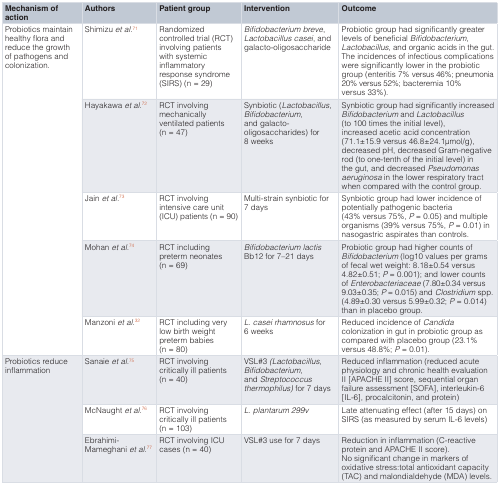
<table><thead><tr><td><b>Mechanism ofaction</b></td><td><b>Authors</b></td><td><b>Patient group</b></td><td><b>Intervention</b></td><td><b>Outcome</b></td></tr></thead><tbody><tr><td rowspan="5">Probiotics maintainhealthy flora andreduce the growthof pathogens andcolonization.</td><td>Shimizu<i>et al.</i><sup>71</sup></td><td>Randomizedcontrolled trial (RCT)involving patientswith systemicinflammatoryresponse syndrome(SIRS) (n = 29)</td><td><i>Bifidobacterium breve</i>,<i>Lactobacillus casei</i>, andgalacto-oligosaccharide</td><td>Probiotic group had significantly greaterlevels of beneficial<i>Bifidobacterium</i>,<i>Lactobacillus</i>, and organic acids in the gut.The incidences of infectious complicationswere significantly lower in the probioticgroup (enteritis 7% versus 46%; pneumonia20% versus 52%; bacteremia 10%versus 33%).</td></tr><tr><td>Hayakawa<i>et al.</i><sup>72</sup></td><td>RCT involvingmechanicallyventilated patients(n = 47)</td><td>Synbiotic (<i>Lactobacillus</i>,<i>Bifidobacterium</i>,and galacto-oligosaccharides) for8 weeks</td><td>Synbiotic group had significantly increased<i>Bifidobacterium</i> and<i>Lactobacillus</i>(to 100 times the initial level),increased acetic acid concentration(71.1±15.9 versus 46.8±24.1μmol/g),decreased pH, decreased Gram-negativerod (to one-tenth of the initial level) inthe gut, and decreased<i>Pseudomonas</i><i>aeruginosa</i> in the lower respiratory tractwhen compared with the control group.</td></tr><tr><td>Jain<i>et al.</i><sup>73</sup></td><td>RCT involvingintensive care unit(ICU) patients (n = 90)</td><td>Multi-strain synbiotic for7 days</td><td>Synbiotic group had lower incidence ofpotentially pathogenic bacteria(43% versus 75%,<i>P</i> = 0.05) and multipleorganisms (39% versus 75%,<i>P</i> = 0.01) innasogastric aspirates than controls.</td></tr><tr><td>Mohan<i>et al.</i><sup>74</sup></td><td>RCT includingpreterm neonates(n = 69)</td><td><i>Bifidobacterium lactis</i>Bb12 for 7–21 days</td><td>Probiotic group had higher counts of<i>Bifidobacterium</i> (log10 values per gramsof fecal wet weight: 8.18±0.54 versus4.82±0.51;<i>P</i> = 0.001); and lower countsof<i>Enterobacteriaceae</i> (7.80±0.34 versus 9.03±0.35;<i>P</i> = 0.015) and<i>Clostridium</i> spp.(4.89±0.30 versus 5.99±0.32;<i>P</i> = 0.014)than in placebo group.</td></tr><tr><td>Manzoni<i>et al.</i><sup>32</sup></td><td>RCT including verylow birth weightpreterm babies(n = 80)</td><td><i>L. casei rhamnosus</i> for6 weeks</td><td>Reduced incidence of<i>Candida</i>colonization in gut in probiotic group ascompared with placebo group (23.1%versus 48.8%;<i>P</i> = 0.01).</td></tr><tr><td rowspan="3">Probiotics reduceinflammation</td><td>Sanaie<i>et al.</i><sup>75</sup></td><td>RCT involvingcritically ill patients(n = 40)</td><td>VSL#3<i>(Lactobacillus</i>,<i>Bifidobacterium</i>,and<i>Streptococcus</i><i>thermophilus</i>) for 7 days</td><td>Reduced inflammation (reduced acutephysiology and chronic health evaluationII [APACHE II] score, sequential organfailure assessment [SOFA], interleukin-6[IL-6], procalcitonin, and protein)</td></tr><tr><td>McNaught<i>et al.</i><sup>76</sup></td><td>RCT involvingcritically ill patients(n = 103)</td><td><i>L. plantarum 299v</i></td><td>Late attenuating effect (after 15 days) onSIRS (as measured by serum IL-6 levels)</td></tr><tr><td>Ebrahimi-Mameghani<i>et al.</i><sup>77</sup></td><td>RCT involving ICUcases (n = 40)</td><td>VSL#3 use for 7 days</td><td>Reduction in inflammation (C-reactiveprotein and APACHE II score).No significant change in markers ofoxidative stress:total antioxidant capacity(TAC) and malondialdehyde (MDA) levels.</td></tr></tbody></table>